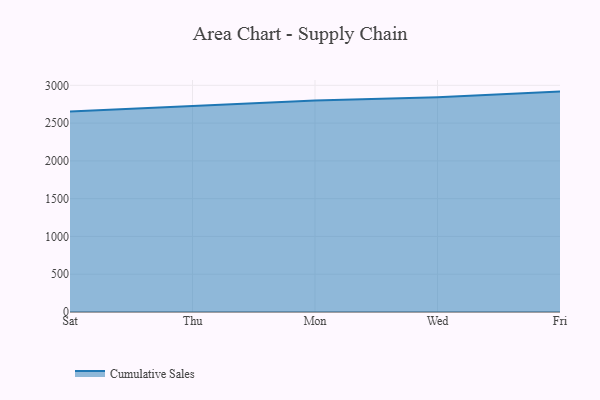
{"axis": {"x": "Day", "y": "Revenue (USD Million)"}, "legend": ["Cumulative Sales"], "data": [{"x": "Sat", "y": 2654.9, "type": "Cumulative Sales"}, {"x": "Thu", "y": 2724.5, "type": "Cumulative Sales"}, {"x": "Mon", "y": 2798.7, "type": "Cumulative Sales"}, {"x": "Wed", "y": 2842.5, "type": "Cumulative Sales"}, {"x": "Fri", "y": 2917.1, "type": "Cumulative Sales"}]}